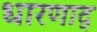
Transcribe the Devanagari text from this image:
धारणाद्